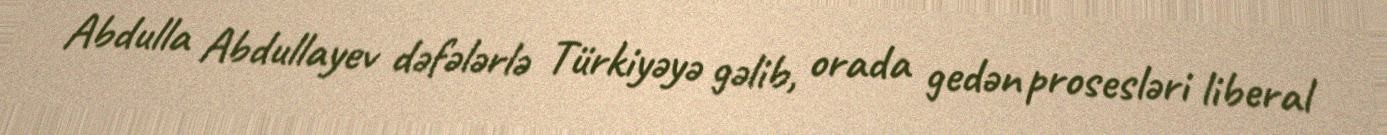
Abdulla Abdullayev dəfələrlə Türkiyəyə gəlib, orada gedən prosesləri liberal